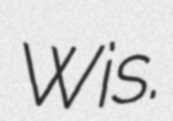
Wis.